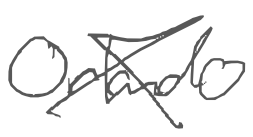
Text: Orlando
Cross-out: cross
Writing tool: digital_gray